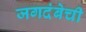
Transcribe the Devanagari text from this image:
जगदंबेची